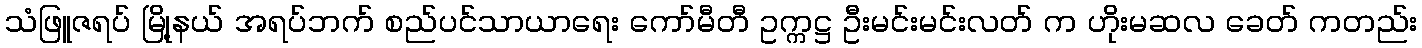
သံဖြူဇရပ် မြို့နယ် အရပ်ဘက် စည်ပင်သာယာရေး ကော်မီတီ ဥက္ကဋ္ဌ ဦးမင်းမင်းလတ် က ဟိုးမဆလ ခေတ် ကတည်း